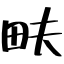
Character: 畉